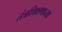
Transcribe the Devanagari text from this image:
तंत्रशिक्षणाच्या